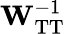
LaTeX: \mathbf{W}_{\mathrm{TT}}^{-1}